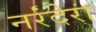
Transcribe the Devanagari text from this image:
नर्रंदेरा